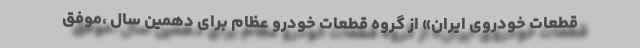
قطعات خودروی ایران» از گروه قطعات خودرو عظام برای دهمین سال ،موفق